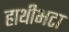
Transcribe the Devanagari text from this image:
हाथीभटा